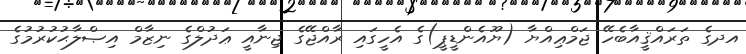
އދގެ ތަރައްޤީއާބެހޭ ޖަމްޢިއްޔާ (ޔޫއެންޑީޕީ)ގެ އެހީގައި ރާއްޖޭގެ ޖިނާއީ ޢަދުލްގެ ނިޒާމް އިޞްލާޙުކުރުމުގެ